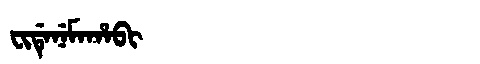
Manchu: ᠸᡳᡩᡝᠨᡝᠮᠠᡥᠠᠪᡳ
Romanization: FIDENEMAHABI